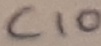
Text: C10